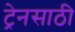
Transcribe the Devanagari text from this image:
ट्रेनसाठी